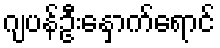
ဂျပန်ဦးနှောက်ရောင်